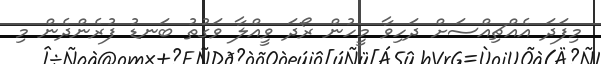
މިފަދަ އެއްޗިއްސަށް ދަހިވާ މީހުން ރޯދަ ވީއްލާ ވަގުތު ބަނޑު ފުރެންދެން މި